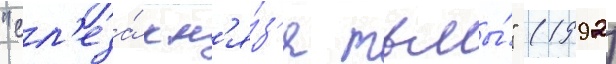
"сл'еза́ кн'я́з'я тьмы́" (1992)